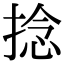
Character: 捻